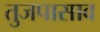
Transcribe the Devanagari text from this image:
तुजपासाव